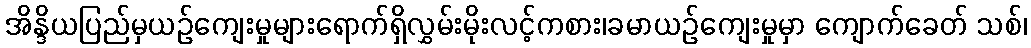
အိန္ဒိယပြည်မှယဉ်ကျေးမှုများရောက်ရှိလွှမ်းမိုးလင့်ကစား၊ခမာယဉ်ကျေးမှုမှာ ကျောက်ခေတ် သစ်၊